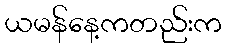
ယမန်နေ့ကတည်းက